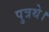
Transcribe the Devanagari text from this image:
पुत्रथे।